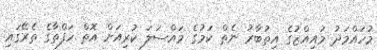
މުހައްމަދު މުއިއްޒުގެ އިތުބާރު ނެތް ކަމުގެ މައްސަލަ ކުރިއަށް އޮތް ހަފްތާގެ ތެރޭގައި